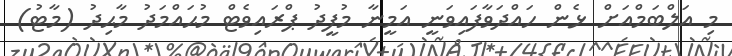
މި އަލްބަމްއަށް ޅެން ހައްދަވާފައިވަނީ އަމީނާ މުފީދު ޕްރައިވެޓް މުޙައްމަދު މާޙިދު (މާޓު)